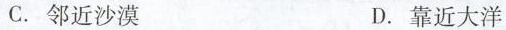
C.邻近沙漠 D.靠近大洋